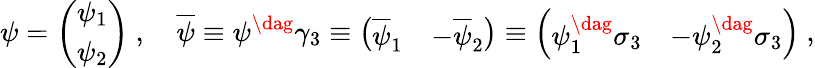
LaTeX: \psi=\left(\begin{array}{c}{{\psi_{1}}}\\ {{\psi_{2}}}\end{array}\right)\ ,\quad\overline{{\psi}}\equiv\psi^{\dag}\gamma_{3}\equiv\left(\begin{array}{cc}{{\overline{{\psi}}_{1}}}&{{-\overline{{\psi}}_{2}}}\end{array}\right)\equiv\left(\begin{array}{cc}{{\psi_{1}^{\dag}\sigma_{3}}}&{{-\psi_{2}^{\dag}\sigma_{3}}}\end{array}\right)\ ,